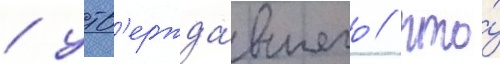
/ утв'ержда́вшего / что́